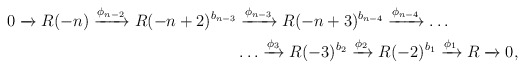
\begin{align*} 0 \xrightarrow{} R(-n) \xrightarrow{\phi_{n-2}} R(-n+2)^{b_{n-3}}& \xrightarrow{\phi_{n-3}} R(-n+3)^{b_{n-4}} \xrightarrow{\phi_{n-4}}\ldots\\& \ldots\xrightarrow{\phi_{3}} R(-3)^{b_{2}} \xrightarrow{\phi_{2}} R(-2)^{b_{1}} \xrightarrow{\phi_{1}} R \xrightarrow{} 0, \end{align*}